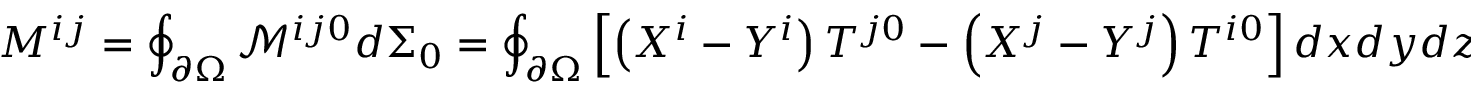
M ^ { i j } = \oint _ { \partial \Omega } { \mathcal { M } } ^ { i j 0 } d \Sigma _ { 0 } = \oint _ { \partial \Omega } \left[ \left( X ^ { i } - Y ^ { i } \right) T ^ { j 0 } - \left( X ^ { j } - Y ^ { j } \right) T ^ { i 0 } \right] d x d y d z